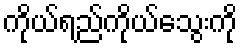
ကိုယ်ရည်ကိုယ်သွေးကို